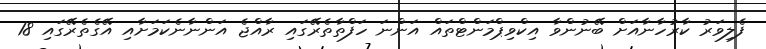
ފެލިވަރު ކާރުހާނާއަށް ބޭނުންވާ އިކްވިޕްމަންޓްތައް އަންނަ ހަފްތާތެރޭގައި ރާއްޖެ އަންނާނެކަމަށާއި އޭގެތެރޭގައި 18